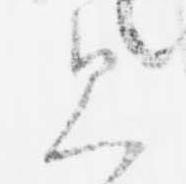
見